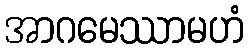
အာဂမေဿာမဟံ